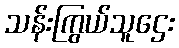
သန်းကြွယ်သူဌေး